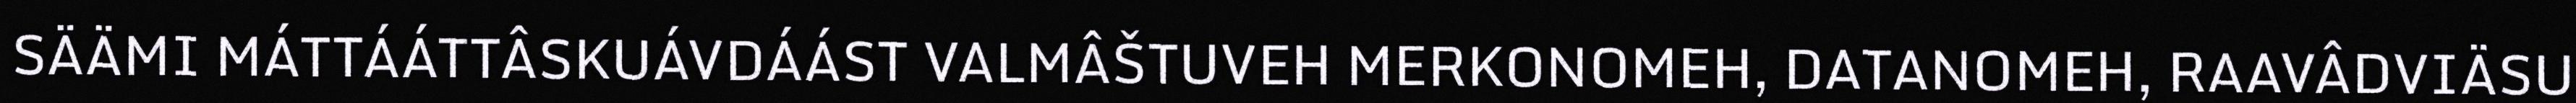
SÄÄMI MÁTTÁÁTTÂSKUÁVDÁÁST VALMÂŠTUVEH MERKONOMEH, DATANOMEH, RAAVÂDVIÄSU